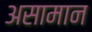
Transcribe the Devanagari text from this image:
असामान